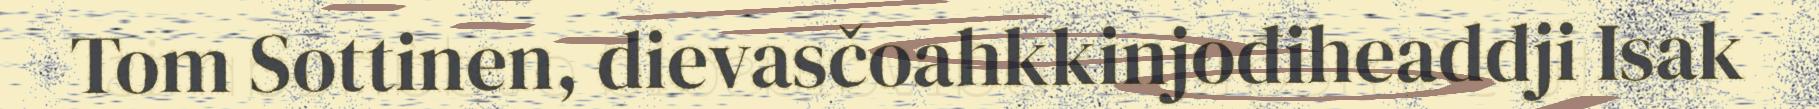
Tom Sottinen, dievasčoahkkinjođiheaddji Isak